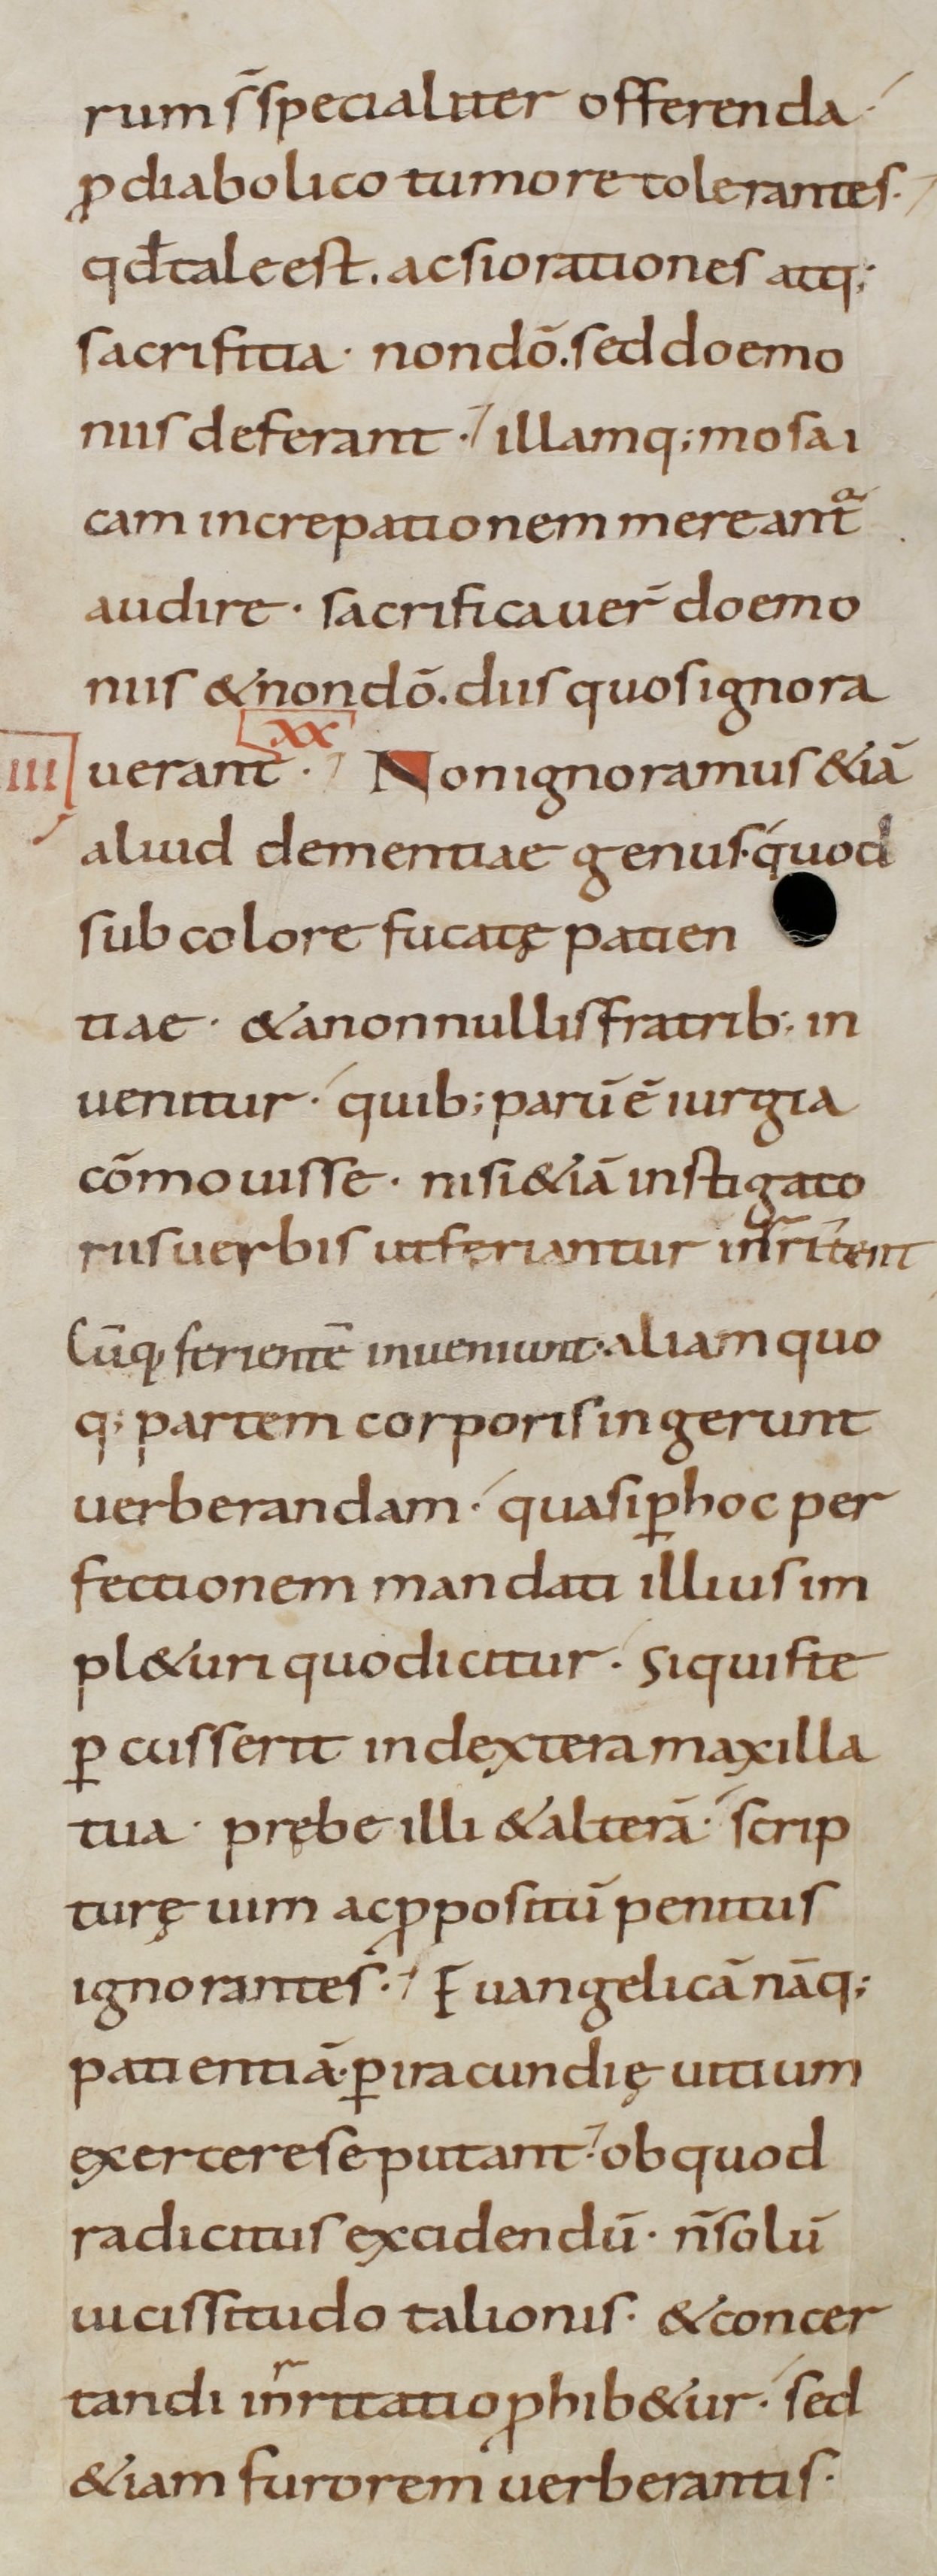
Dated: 800–899